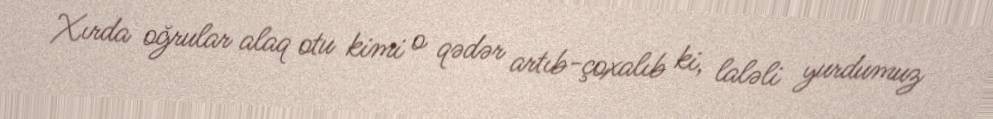
Xırda oğrular alaq otu kimi o qədər artıb-çoxalıb ki, laləli yurdumuz